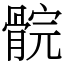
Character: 䯘